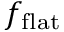
f _ { \mathrm { f l a t } }